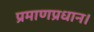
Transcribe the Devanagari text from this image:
प्रमाणप्रधान।